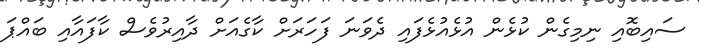
ސައިބޮއި ނިމިގެން ކުޅެން އުޅެއުޅެފައި ދެވަނަ ފަހަރަށް ކާގެއަށް ދާއިރުވެސް ކާފައާއި ބައްޕަ